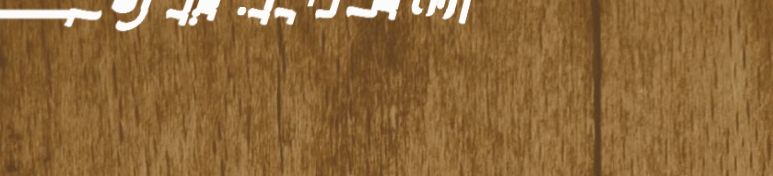
خدمات تنسيق الحدائق وتصمي